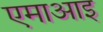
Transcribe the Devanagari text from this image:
एमाआइ